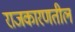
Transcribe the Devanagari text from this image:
राजकारणतील